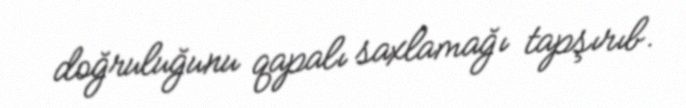
doğruluğunu qapalı saxlamağı tapşırıb.